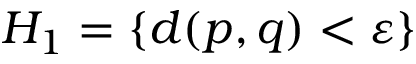
H _ { 1 } = \{ d ( p , q ) < \varepsilon \}